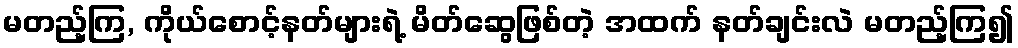
မတည့်ကြ, ကိုယ်စောင့်နတ်များရဲ့ မိတ်ဆွေဖြစ်တဲ့ အထက် နတ်ချင်းလဲ မတည့်ကြ၍